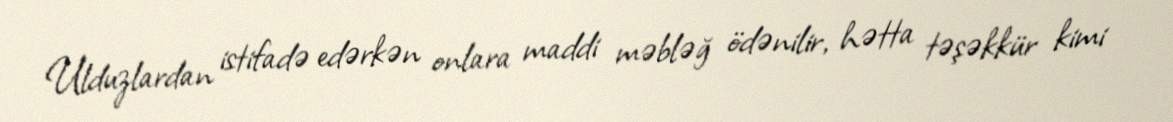
Ulduzlardan istifadə edərkən onlara maddi məbləğ ödənilir, hətta təşəkkür kimi